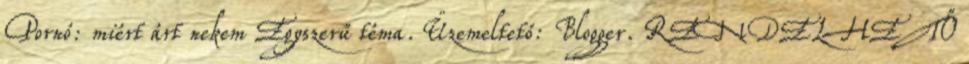
Pornó: miért árt nekem Egyszerű téma. Üzemeltető: Blogger. RENDELHETŐ